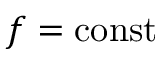
f = \mathrm { c o n s t }